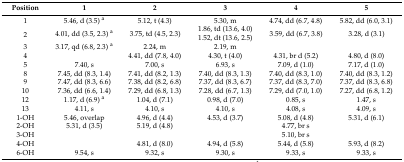
<table><thead><tr><td><b>Position</b></td><td><b>1</b></td><td><b>2</b></td><td><b>3</b></td><td><b>4</b></td><td><b>5</b></td></tr></thead><tbody><tr><td>1</td><td>5.46, d (3.5) <sup>a</sup></td><td>5.12, t (4.3)</td><td>5.30, m</td><td>4.74, dd (6.7, 4.8)</td><td>5.82, dd (6.0, 3.1)</td></tr><tr><td rowspan="2">2</td><td rowspan="2">4.01, dd (3.5, 2.3) <sup>a</sup></td><td rowspan="2">3.75, td (4.5, 2.3)</td><td>1.86, td (13.6, 4.0)</td><td rowspan="2">3.59, dd (6.7, 3.8)</td><td rowspan="2">3.28, d (3.1)</td></tr><tr><td>1.52, dt (13.6, 2.5)</td></tr><tr><td>3</td><td>3.17, qd (6.8, 2.3) <sup>a</sup></td><td>2.24, m</td><td>2.19, m</td><td></td><td></td></tr><tr><td>4</td><td></td><td>4.41, dd (7.8, 4.0)</td><td>4.30, t (4.0)</td><td>4.31, br d (5.2)</td><td>4.80, d (8.0)</td></tr><tr><td>5</td><td>7.40, s</td><td>7.00, s</td><td>6.93, s</td><td>7.09, d (1.0)</td><td>7.17, d (1.0)</td></tr><tr><td>8</td><td>7.45, dd (8.3, 1.4)</td><td>7.41, dd (8.2, 1.3)</td><td>7.40, dd (8.3, 1.3)</td><td>7.40, dd (8.3, 1.0)</td><td>7.40, dd (8.3, 1.2)</td></tr><tr><td>9</td><td>7.47, dd (8.3, 6.6)</td><td>7.38, dd (8.2, 6.8)</td><td>7.37, dd (8.3, 6.7)</td><td>7.37, dd (8.3, 7.0)</td><td>7.37, dd (8.3, 6.8)</td></tr><tr><td>10</td><td>7.36, dd (6.6, 1.4)</td><td>7.29, dd (6.8, 1.3)</td><td>7.28, dd (6.7, 1.3)</td><td>7.29, dd (7.0, 1.0)</td><td>7.27, dd (6.8, 1.2)</td></tr><tr><td>12</td><td>1.17, d (6.9) <sup>a</sup></td><td>1.04, d (7.1)</td><td>0.98, d (7.0)</td><td>0.85, s</td><td>1.47, s</td></tr><tr><td>13</td><td>4.11, s</td><td>4.10, s</td><td>4.10, s</td><td>4.08, s</td><td>4.09, s</td></tr><tr><td>1-OH</td><td>5.46, overlap</td><td>4.96, d (4.4)</td><td>4.53, d (3.7)</td><td>5.08, d (4.8)</td><td>5.31, d (6.1)</td></tr><tr><td>2-OH</td><td>5.31, d (3.5)</td><td>5.19, d (4.8)</td><td></td><td>4.77, br s</td><td></td></tr><tr><td>3-OH</td><td></td><td></td><td></td><td>5.10, br s</td><td></td></tr><tr><td>4-OH</td><td></td><td>4.81, d (8.0)</td><td>4.94, d (5.8)</td><td>5.44, d (5.8)</td><td>5.93, d (8.2)</td></tr><tr><td>6-OH</td><td>9.54, s</td><td>9.32, s</td><td>9.30, s</td><td>9.33, s</td><td>9.33, s</td></tr></tbody></table>